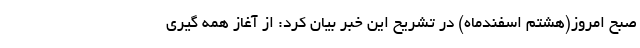
صبح امروز(هشتم اسفندماه) در تشریح این خبر بیان کرد: از آغاز همه گیری